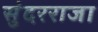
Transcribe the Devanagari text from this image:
सुंदरराजा